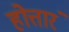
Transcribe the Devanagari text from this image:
होत्तारं